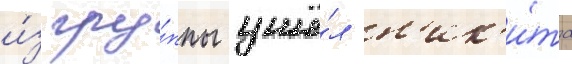
и́з гру́ппы ушё́л н'ик'и́та